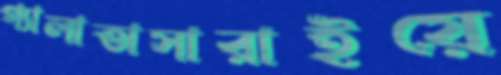
গ্যালাতাসারাইয়ে